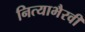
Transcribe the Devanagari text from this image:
नित्याभैरवी